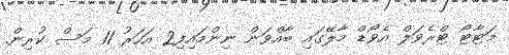
މަޓާޓޯ ޓްރެވަލް އެވޯޑް މާލޭގައި ބާއްވަން ނިންމައިފި2 އަހަރު 11 މަސް ކުރިން.